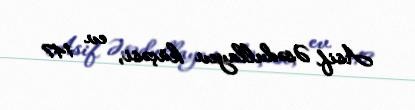
Asif Əsədullayev küçəsi, ev 147